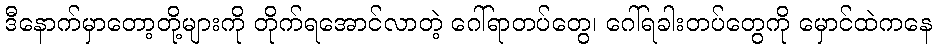
ဒီနောက်မှာတော့တို့များကို တိုက်ရအောင်လာတဲ့ ဂေါ်ရာတပ်တွေ၊ ဂေါ်ရခါးတပ်တွေကို မှောင်ထဲကနေ